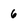
Character: 6